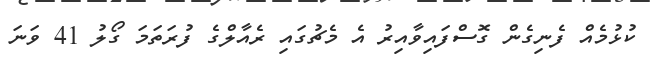
ކުޅުމެއް ފެނިގެން ގޮސްފައިވާއިރު އެ މެޗުގައި ރެއާލްގެ ފުރަތަމަ ގޯލު 41 ވަނަ